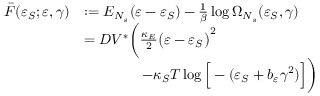
\begin{array} { r l } { \bar { F } ( \varepsilon _ { S } ; \varepsilon , \gamma ) } & { : = E _ { N _ { s } } ( \varepsilon - \varepsilon _ { S } ) - \frac { 1 } { \beta } \log { \Omega _ { N _ { s } } ( \varepsilon _ { S } , \gamma ) } } \\ & { = D V ^ { \ast } \bigg ( \frac { \kappa _ { E } } { 2 } \big ( \varepsilon - \varepsilon _ { S } \big ) ^ { 2 } } \\ & { \qquad \qquad - \kappa _ { S } T \log { \Big [ - ( \varepsilon _ { S } + b _ { \varepsilon } \gamma ^ { 2 } ) \Big ] } \bigg ) } \end{array}